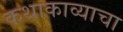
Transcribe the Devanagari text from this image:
कथाकाव्याचा